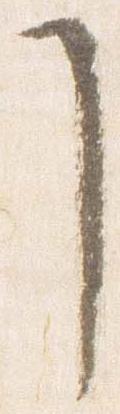
了